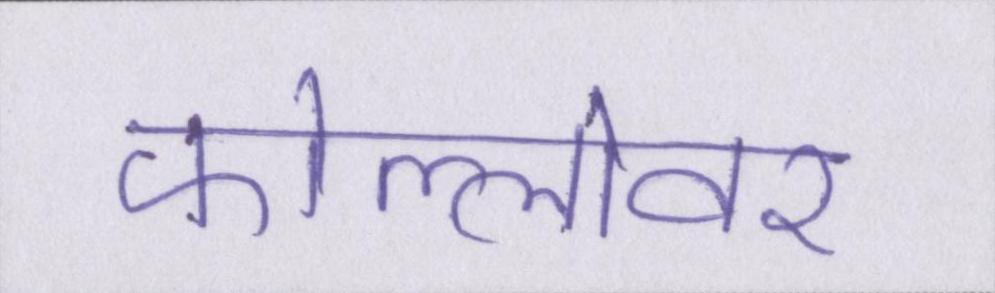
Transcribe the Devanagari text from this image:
फोल्लोवर